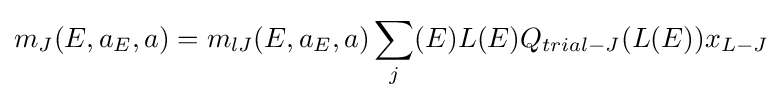
m_{J}(E,a_{E},a)=m_{lJ}(E,a_{E},a)\sum _{j}(E)L(E)Q_{trial-J}(L(E))x_{L-J}